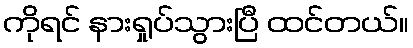
ကိုရင် နားရှုပ်သွားပြီ ထင်တယ်။